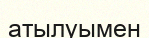
атылуымен